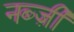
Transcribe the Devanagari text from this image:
नब्ज़ी